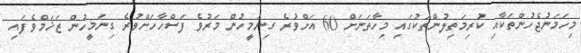
މިހަމަނުޖެހުންތަކާއި ކުރިމަތިލުންތަކުގައި މިހާތަނަށް 60 އަށްވުރެ ގިނަމީހުން މަރުވެ ފަސްހާހަށްވުރެ ގިނަމީހުން ޒަޚަމްވެފައި